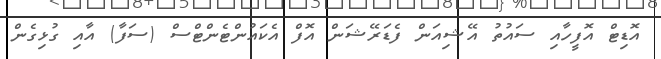
އޮޑިޓް އޮފީހާއި ސައުތު އޭޝިއަން ފެޑަރޭޝަން އޮފް އެކައުންޓެންޓްސް (ސަފާ) އާއި ގުޅިގެން